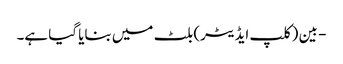
- بین (کلپ ایڈیٹر) بلٹ میں بنایا گیا ہے۔